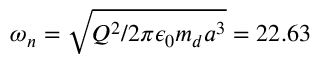
\omega _ { n } = \sqrt { Q ^ { 2 } / 2 \pi \epsilon _ { 0 } m _ { d } a ^ { 3 } } = 2 2 . 6 3